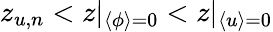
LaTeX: z_{u,n}<z|_{\langle\phi\rangle=0}<z|_{\langle u\rangle=0}